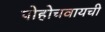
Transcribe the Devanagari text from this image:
पोहोचवायची